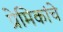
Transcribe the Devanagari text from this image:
प्रेमिकांचे